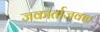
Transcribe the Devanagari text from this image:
जकार्ताजवळ